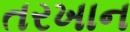
તરખાન